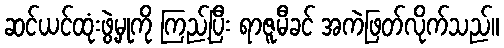
ဆင်ယင်ထုံးဖွဲ့မှုကို ကြည့်ပြီး ရာဇူမီခင် အကဲဖြတ်လိုက်သည်။